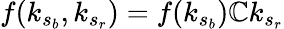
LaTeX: f(k_{s_{b}},k_{s_{r}})=f(k_{s_{b}})\mathbb{C}k_{s_{r}}